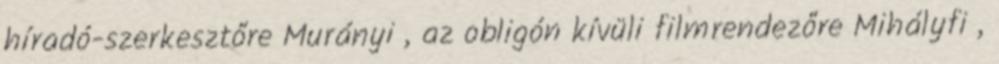
híradó-szerkesztőre Murányi , az obligón kívüli filmren­dezőre Mihályfi ,